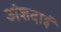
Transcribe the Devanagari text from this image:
अंशदाई